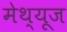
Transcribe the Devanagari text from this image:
मेथ्यूज